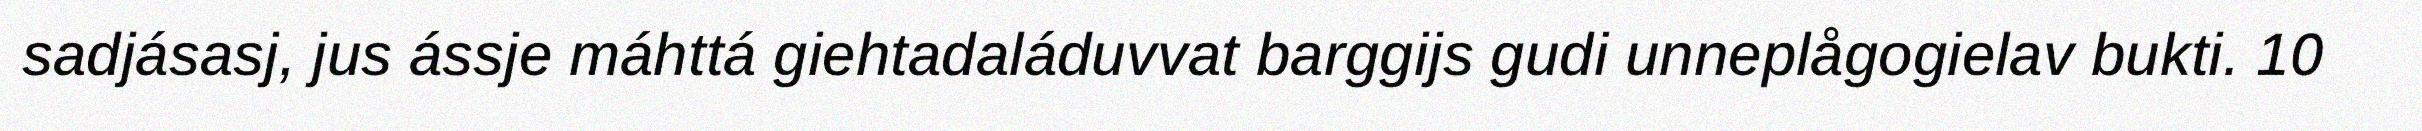
sadjásasj, jus ássje máhttá giehtadaláduvvat barggijs gudi unneplågogielav bukti. 10